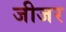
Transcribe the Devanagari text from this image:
जीजर